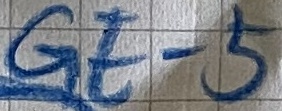
Text: GE-5